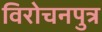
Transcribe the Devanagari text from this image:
विरोचनपुत्र